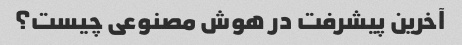
آخرین پیشرفت در هوش مصنوعی چیست؟